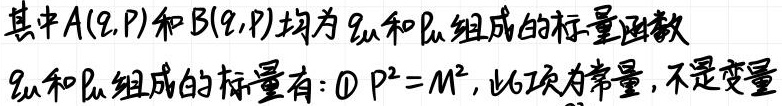
其中$A(q,p)$和$B(q,p)$均为$q_{\mu}$和$p_{\mu}$组成的标量函数

$q_{\mu}$和$p_{\mu}$组成的标量有：\textcircled{1}$p^{2}=M^{2}$，此项为常量，不是变量